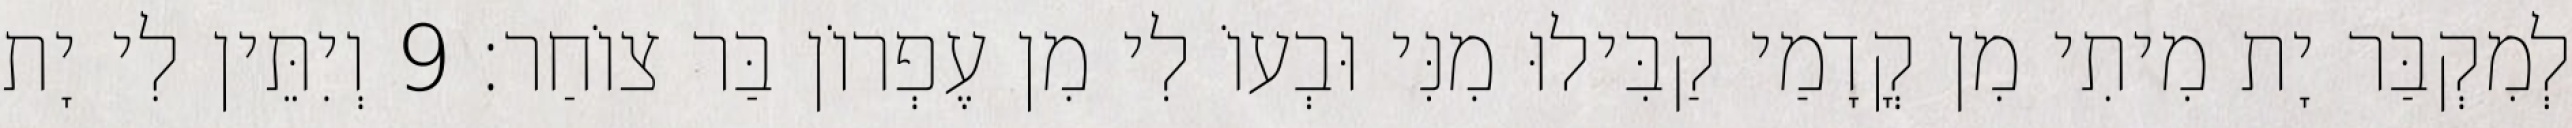
לְמִקְבַּר יָת מִיתִי מִן קֳדָמַי קַבִּילוּ מִנִּי וּבְעוֹ לִי מִן עֶפְרוֹן בַּר צוֹחַר׃ 9 וְיִתֵּין לִי יָת